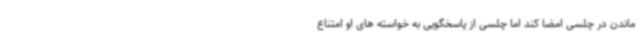
ماندن در چلسی امضا کند اما چلسی از پاسخگویی به خواسته های او امتناع